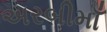
અરબીમાઁ